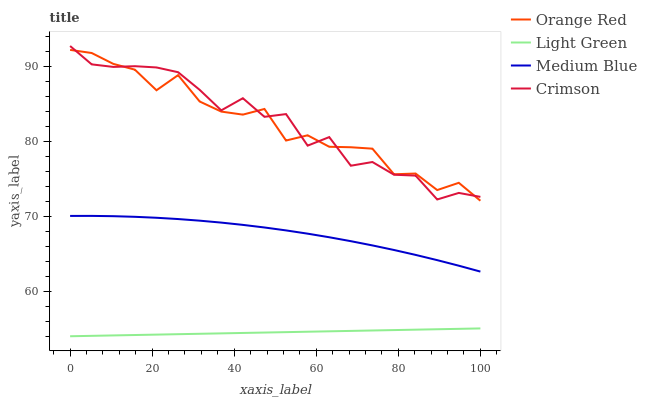
| xaxis_label | Orange Red | Light Green | Medium Blue | Crimson |
 | --- | --- | --- | --- | --- |
 | 0 | 92.2 | 54 | 70 | 92.7 |
 | 5.26 | 91.8 | 54.1 | 70 | 90.2 |
 | 10.5 | 90.3 | 54.1 | 70 | 89.9 |
 | 15.8 | 89.5 | 54.2 | 69.9 | 90 |
 | 21.1 | 86.8 | 54.2 | 69.8 | 89.8 |
 | 26.3 | 88.8 | 54.3 | 69.6 | 89.2 |
 | 31.6 | 85.3 | 54.3 | 69.4 | 86.8 |
 | 36.8 | 83.9 | 54.4 | 69.1 | 84.1 |
 | 42.1 | 83.5 | 54.4 | 68.8 | 85.7 |
 | 47.4 | 84.3 | 54.5 | 68.5 | 83.2 |
 | 52.6 | 80.1 | 54.5 | 68.1 | 83.6 |
 | 57.9 | 80.8 | 54.6 | 67.7 | 79.4 |
 | 63.2 | 79.3 | 54.7 | 67.2 | 80.5 |
 | 68.4 | 79.2 | 54.7 | 66.7 | 76.7 |
 | 73.7 | 79 | 54.8 | 66.1 | 77.2 |
 | 78.9 | 75.6 | 54.8 | 65.5 | 75.5 |
 | 84.2 | 75.7 | 54.9 | 64.8 | 75.4 |
 | 89.5 | 73.5 | 54.9 | 64.1 | 72.2 |
 | 94.7 | 74.5 | 55 | 63.4 | 73.1 |
 | 100 | 72.1 | 55 | 62.6 | 72.6 |